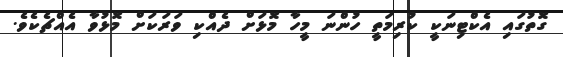
ގޮތުގައި އެކްޓިނަކީ ކުރިމަތީ ހުންނަ މީހާ މޮޅަށް ދެއްކި ވަރަކަށް މޮޅުވާ އެއްޗެކެވެ.